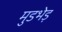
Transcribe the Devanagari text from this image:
मुडभेड़